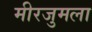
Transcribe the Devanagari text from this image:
मीरजुमला